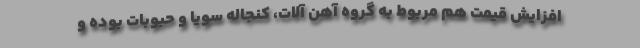
افزایش قیمت هم مربوط به گروه آهن آلات، کنجاله سویا و حبوبات بوده و